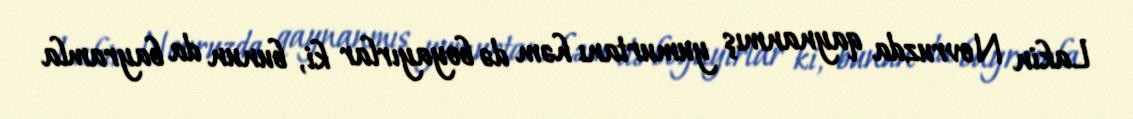
Lakin Novruzda qaynanmış yumurtanı həm də boyayırlar ki, bunun da bayramla